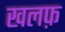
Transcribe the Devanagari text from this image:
खलफ़